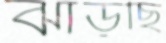
ঝাড়ছি